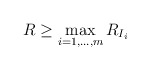
\begin{align*}R \geq \max_{i=1,\ldots,m}R_{I_{i}}\end{align*}